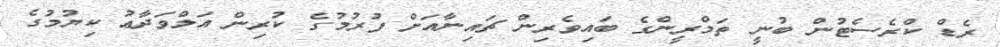
ރެޑް ކްރެސެޓުން ބުނީ ތަމްރީންގެ ބައިވެރިން ޗައިނާއަށް ފުރުމުގެ ކުރިން އަލްވަދާޢު ކިޔުމުގެ